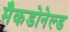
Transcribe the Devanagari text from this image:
मैकडोनेल्ड